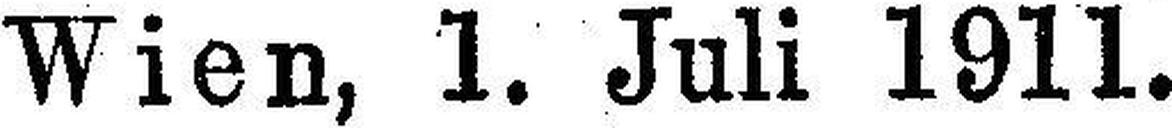
Wien, 1. Juli 1911.